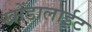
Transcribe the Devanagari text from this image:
खोंडालाईट